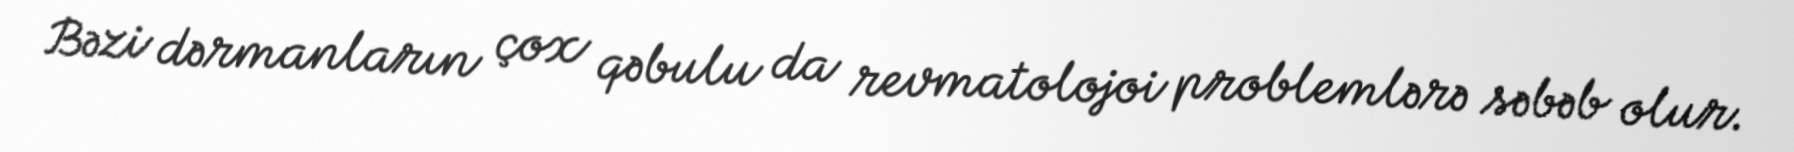
Bəzi dərmanların çox qəbulu da revmatolojoi problemlərə səbəb olur.